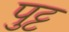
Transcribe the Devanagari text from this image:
पुट्ट